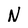
Character: N